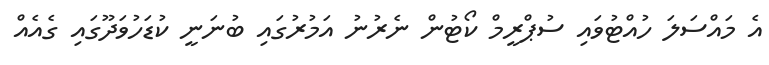
އެ މައްސަލަ ހުއްޓުވައި ސުޕްރީމް ކޯޓުން ނެރުނު އަމުރުގައި ބުނަނީ ކުޑަހުވަދޫގައި ގެއެއް